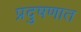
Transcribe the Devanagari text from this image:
प्रदुषणात